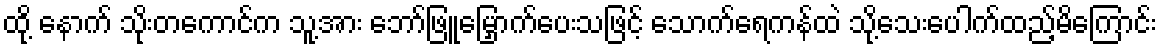
ထို့ နောက် သိုးတကောင်က သူ့အား ဘော်ဖြူမြှောက်ပေးသဖြင့် သောက်ရေကန်ထဲ သို့သေးပေါက်ထည့်မိကြောင်း